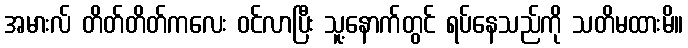
အမားလ် တိတ်တိတ်ကလေး ဝင်လာပြီး သူ့နောက်တွင် ရပ်နေသည်ကို သတိမထားမိ။